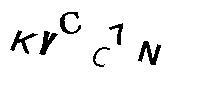
KVCC7N